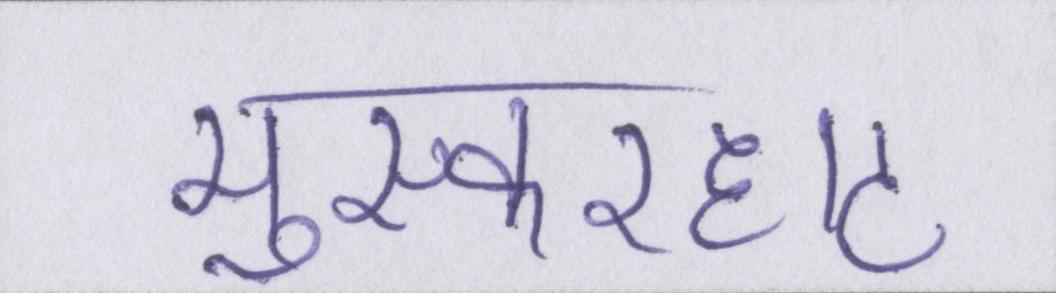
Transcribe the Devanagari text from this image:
मुस्करहाट